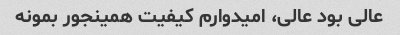
عالی بود عالی، امیدوارم کیفیت همینجور بمونه